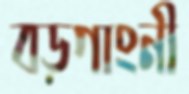
বড়গাংনী